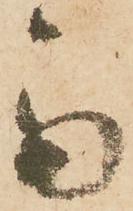
斎